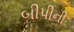
બીપીની